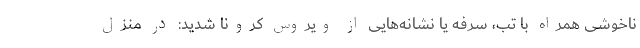
ناخوشی همراه با تب، سرفه یا نشانه‌هایی از ویروس کرونا شدید: در منزل